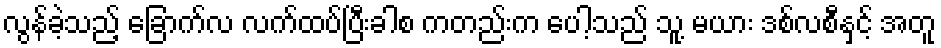
လွန်ခဲ့သည့် ခြောက်လ လက်ထပ်ပြီးခါစ ကတည်းက ပေါ့သည် သူ့ မယား ဒစ်လစီနှင့် အတူ